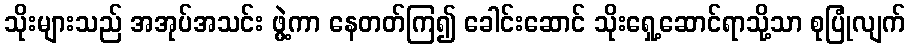
သိုးများသည် အအုပ်အသင်း ဖွဲ့ကာ နေတတ်ကြ၍ ခေါင်းဆောင် သိုးရှေ့ဆောင်ရာသို့သာ စုပြုံလျက်